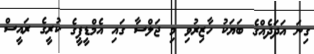
ގިނަ އަދަދެއްގެ ބަޔަކު ހާޒިރުވި މި ޖަލްސާ ގައި އެމްޑީޕީގެ ކުރީގެ ރައީސް